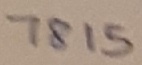
Text: 7815